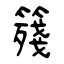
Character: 䉔